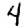
Digit: 4